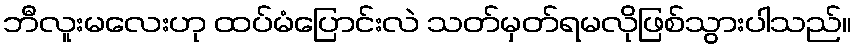
ဘီလူးမလေးဟု ထပ်မံပြောင်းလဲ သတ်မှတ်ရမလိုဖြစ်သွားပါသည်။